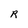
Character: R